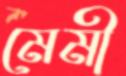
মেমী